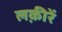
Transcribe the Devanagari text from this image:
लक़ीरें